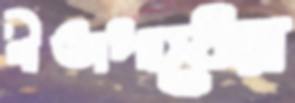
গীতাপাঠের